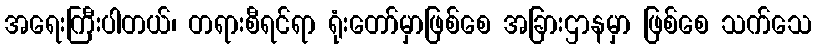
အရေးကြီးပါတယ်၊ တရားစီရင်ရာ ရုံးတော်မှာဖြစ်စေ အခြားဌာနမှာ ဖြစ်စေ သက်သေ